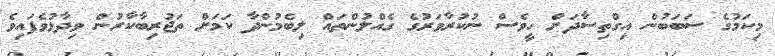
މިކަމުގެ ސަބަބުން އިގްތިސާދަށް ހީވެސް ނުކުރާވަރުގެ ގެއްލުންތައް ލިބެމުންދާ ކަމަށް ތަޖުރިބާކާރުން ވިދާޅުވެފައިވެ